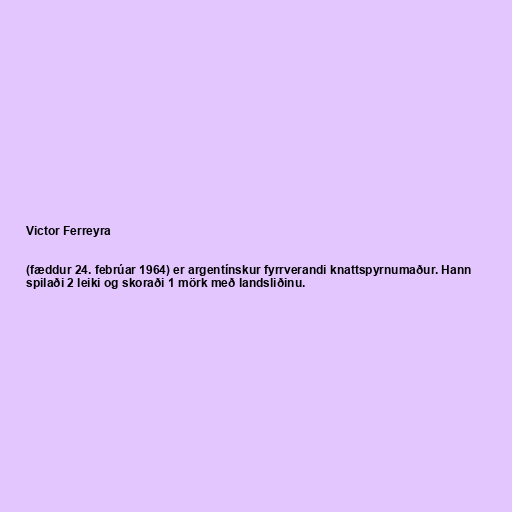
Victor Ferreyra

(fæddur 24. febrúar 1964) er argentínskur fyrrverandi knattspyrnumaður. Hann
spilaði 2 leiki og skoraði 1 mörk með landsliðinu.